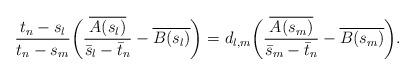
LaTeX: \begin{align*}\frac{t_n-s_l}{t_n -s_m} \bigg( \frac{\overline{A(s_l)}}{\bar s_l-\bar t_n}- \overline{B(s_l)}\bigg) = d_{l,m}\bigg( \frac{\overline{A(s_m)}}{\bar s_m-\bar t_n}- \overline{B(s_m)} \bigg).\end{align*}